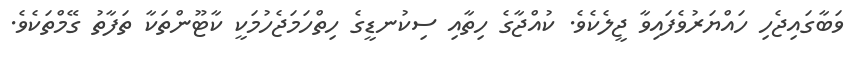
ވަބާގައިޖެހި ހައްޔަރުވެފައިވާ ޖީލެކެވެ. ކުއްޖާގެ ހިތާއި ސިކުނޑީގެ ހިތްހަމަޖެހުމަކީ ކާޓޫންތަކާ ތަފާތު ގޭމްތަކެވެ.